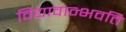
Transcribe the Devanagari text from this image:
विद्यावान्भवति